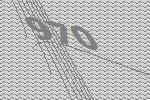
970